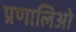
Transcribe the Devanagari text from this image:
प्रणालिओ